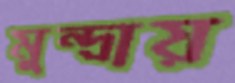
মুন্দ্রায়